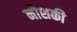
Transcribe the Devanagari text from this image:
नौशकी